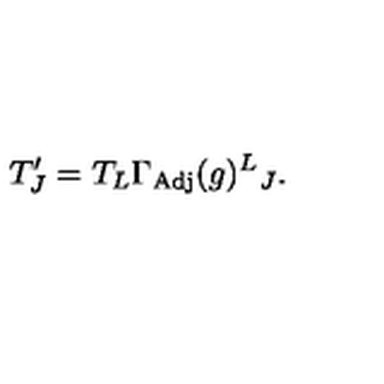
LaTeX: T _ { J } ^ { \prime } = T _ { L } \Gamma _ { \mathrm { A d j } } ( g ) ^ { L } { } _ { J } .